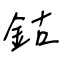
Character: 鈷